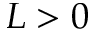
L > 0